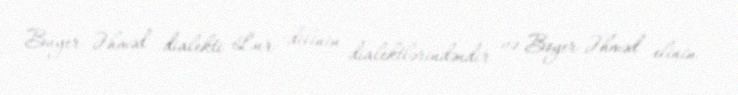
Buyer Əhməd dialekti Lur dilinin dialektlərindəndir və Boyer-Əhməd elinin